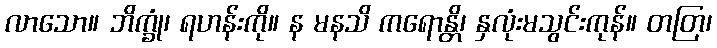
လာသော။ ဘိက္ခုံ၊ ရဟန်းကို။ န မနသိ ကရောန္တိ၊ နှလုံးမသွင်းကုန်။ တတြ၊